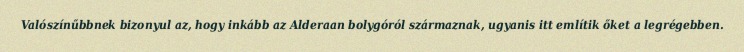
Valószínűbbnek bizonyul az, hogy inkább az Alderaan bolygóról származnak, ugyanis itt említik őket a legrégebben.